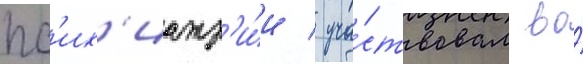
пс'их'иатр'и́и / уча́ствовал во́